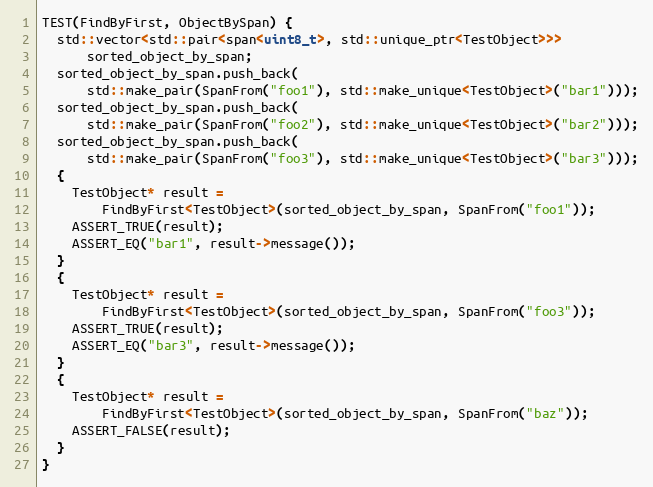
Language: C++
TEST(FindByFirst, ObjectBySpan) {
  std::vector<std::pair<span<uint8_t>, std::unique_ptr<TestObject>>>
      sorted_object_by_span;
  sorted_object_by_span.push_back(
      std::make_pair(SpanFrom("foo1"), std::make_unique<TestObject>("bar1")));
  sorted_object_by_span.push_back(
      std::make_pair(SpanFrom("foo2"), std::make_unique<TestObject>("bar2")));
  sorted_object_by_span.push_back(
      std::make_pair(SpanFrom("foo3"), std::make_unique<TestObject>("bar3")));
  {
    TestObject* result =
        FindByFirst<TestObject>(sorted_object_by_span, SpanFrom("foo1"));
    ASSERT_TRUE(result);
    ASSERT_EQ("bar1", result->message());
  }
  {
    TestObject* result =
        FindByFirst<TestObject>(sorted_object_by_span, SpanFrom("foo3"));
    ASSERT_TRUE(result);
    ASSERT_EQ("bar3", result->message());
  }
  {
    TestObject* result =
        FindByFirst<TestObject>(sorted_object_by_span, SpanFrom("baz"));
    ASSERT_FALSE(result);
  }
}